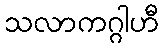
သလာကဂ္ဂါဟီ